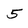
Character: 5